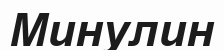
Минулин